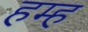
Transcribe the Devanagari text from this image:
हम्ह